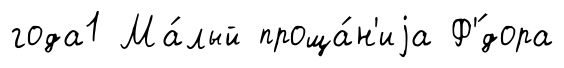
года1 Ма́лый проща́н'иjа Ф'́дора